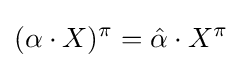
(\alpha \cdot X)^{\pi }={\hat {\alpha }}\cdot X^{\pi }